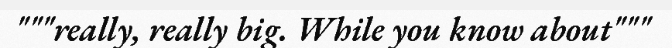
"""really, really big. While you know about"""